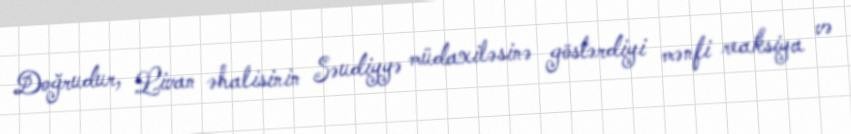
Doğrudur, Livan əhalisinin Səudiyyə müdaxiləsinə göstərdiyi mənfi reaksiya və